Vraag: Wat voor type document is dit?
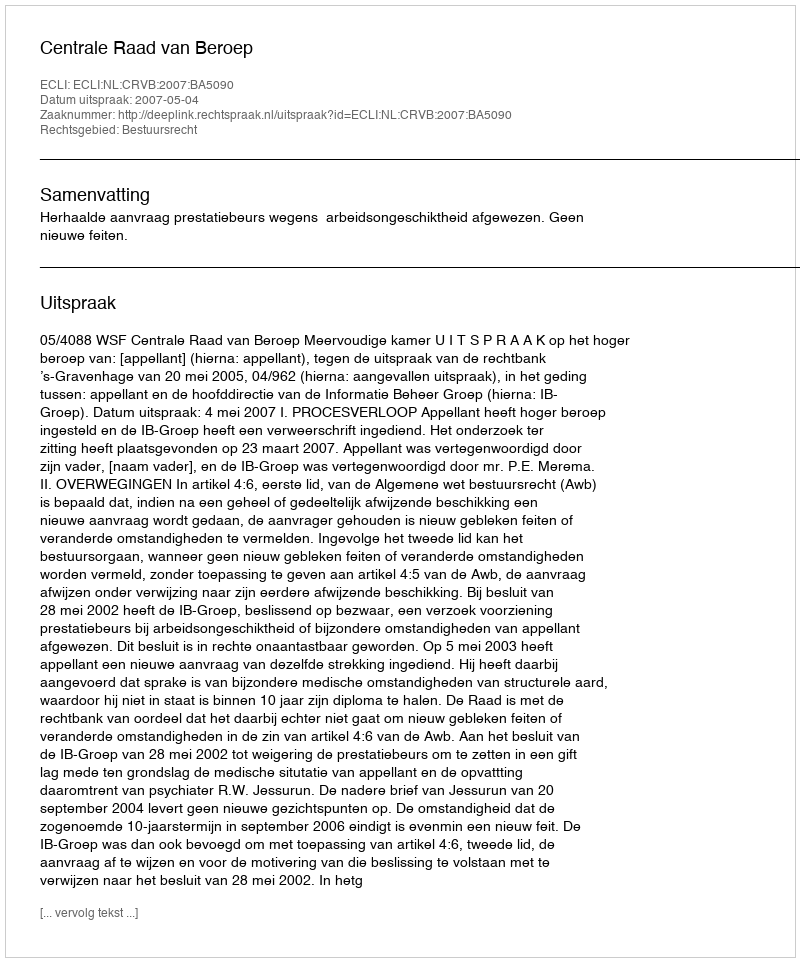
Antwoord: Uitspraak